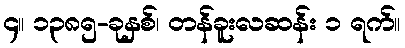
၄။ ၁၃၈၅-ခုနှစ်၊ တန်ခူးလဆန်း ၁ ရက်။